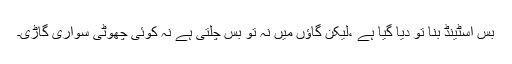
بس اسٹینڈ بنا تو دیا گیا ہے ،لیکن گاؤں میں نہ تو بس چلتی ہے نہ کوئی چھوٹی سواری گاڑی۔